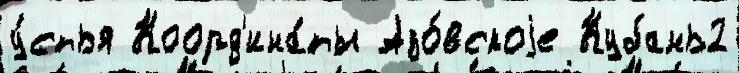
у́стья Коорд'ина́ты Азо́вскоjе Кубань2